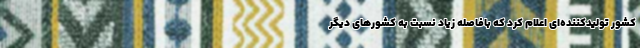
کشور تولیدکننده‌ای اعلام کرد که بافاصله زیاد نسبت به کشورهای دیگر